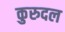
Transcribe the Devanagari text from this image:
कुरुदल